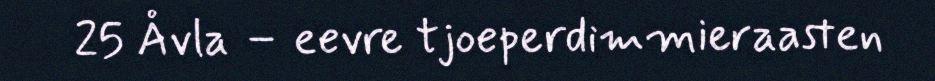
25 Åvla – eevre tjoeperdimmieraasten